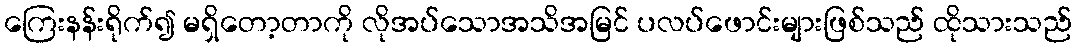
ကြေးနန်းရိုက်၍ မရှိတော့တာကို လိုအပ်သောအသိအမြင် ပလပ်ဖောင်းများဖြစ်သည် ထိုသားသည်